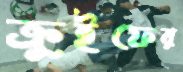
ক্রুইফের